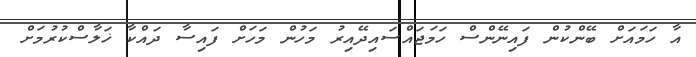
އާ ހަމައަށް ބޭންކުން ފައިނޭންސް ހަމަޖައްސައިދޭއިރު މަހުން މަހަށް ފައިސާ ދައްކާ ޚަލާސްކުރުމަށް